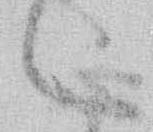
候